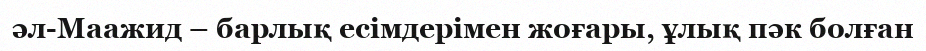
әл-Маажид – барлық есімдерімен жоғары, ұлық пәк болған